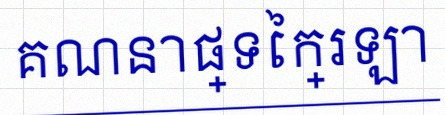
គណនាផ្ទៃក្រឡា